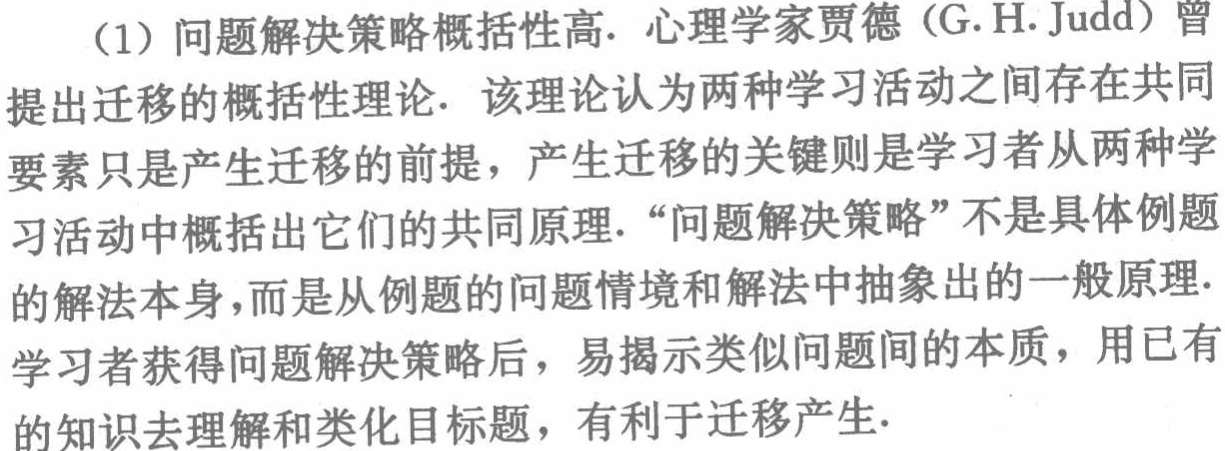
（1）问题解决策略概括性高. 心理学家贾德（G.H. Judd）曾提出迁移的概括性理论. 该理论认为两种学习活动之间存在共同要素只是产生迁移的前提，产生迁移的关键则是学习者从两种学习活动中概括出它们的共同原理. “问题解决策略”不是具体例题的解法本身，而是从例题的问题情境和解法中抽象出的一般原理. 学习者获得问题解决策略后，易揭示类似问题间的本质，用已有的知识去理解和类化目标题，有利于迁移产生.